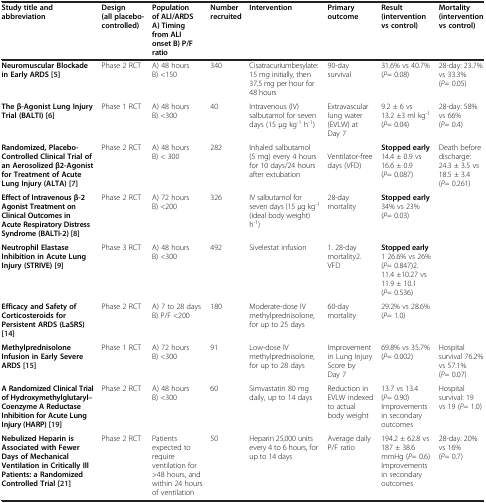
<table><thead><tr><td><b>Study title and abbreviation</b></td><td><b>Design (all placebo-controlled)</b></td><td><b>Population of ALI/ARDS A) Timing from ALI onset B) P/F ratio</b></td><td><b>Number recruited</b></td><td><b>Intervention</b></td><td><b>Primary outcome</b></td><td><b>Result (intervention vs control)</b></td><td><b>Mortality (intervention vs control)</b></td></tr></thead><tbody><tr><td><b>Neuromuscular Blockade in Early ARDS </b>[5]</td><td>Phase 2 RCT</td><td>A) 48 hours B) &lt;150</td><td>340</td><td>Cisatracuriumbesylate: 15 mg initially, then 37.5 mg per hour for 48 hours</td><td>90-day survival</td><td>31.6% vs 40.7% (<i>P</i>= 0.08)</td><td>28-day: 23.7% vs 33.3% (<i>P</i>= 0.05)</td></tr><tr><td><b>The β-Agonist Lung Injury Trial (BALTI) </b>[6]</td><td>Phase 1 RCT</td><td>A) 48 hours B) &lt;300</td><td>40</td><td>Intravenous (IV) salbutamol for seven days (15 μg kg<sup>-1</sup> h<sup>-1</sup>)</td><td>Extravascular lung water (EVLW) at Day 7</td><td>9.2 ± 6 vs 13.2 ±3 ml kg<sup>-1</sup> (<i>P</i>= 0.04)</td><td>28-day: 58% vs 66% (<i>P</i>= 0.4)</td></tr><tr><td><b>Randomized, Placebo-Controlled Clinical Trial of an Aerosolized β2-Agonist for Treatment of Acute Lung Injury (ALTA) </b>[7]</td><td>Phase 2 RCT</td><td>A) 48 hours B) &lt; 300</td><td>282</td><td>Inhaled salbutamol (5 mg) every 4 hours for 10 days/24 hours after extubation</td><td>Ventilator-free days (VFD)</td><td><b>Stopped early</b> 14.4 ± 0.9 vs 16.6 ± 0.9 (<i>P</i>= 0.087)</td><td>Death before discharge: 24.3 ± 3.5 vs 18.5 ± 3.4 (<i>P</i>= 0.261)</td></tr><tr><td><b>Effect of Intravenous β-2 Agonist Treatment on Clinical Outcomes in Acute Respiratory Distress Syndrome (BALTI-2) </b>[8]</td><td>Phase 2 RCT</td><td>A) 72 hours B) &lt;200</td><td>326</td><td>IV salbutamol for seven days (15 μg kg<sup>-1</sup> (ideal body weight) h<sup>-1</sup>)</td><td>28-day mortality</td><td><b>Stopped early</b> 34% vs 23% (<i>P</i>= 0.03)</td><td>[EMPTY_CELL]</td></tr><tr><td><b>Neutrophil Elastase Inhibition in Acute Lung Injury (STRIVE) </b>[9]</td><td>Phase 3 RCT</td><td>A) 48 hours B) &lt;300</td><td>492</td><td>Sivelestat infusion</td><td>1. 28-day mortality2. VFD</td><td><b>Stopped early</b> 1 26.6% vs 26% (<i>P</i>= 0.847)2. 11.4 ±10.27 vs 11.9 ± 10.1 (<i>P</i>= 0.536)</td><td>[EMPTY_CELL]</td></tr><tr><td><b>Efficacy and Safety of Corticosteroids for Persistent ARDS (LaSRS) </b>[14]</td><td>Phase 2 RCT</td><td>A) 7 to 28 days B) P/F &lt;200</td><td>180</td><td>Moderate-dose IV methylprednisolone, for up to 25 days</td><td>60-day mortality</td><td>29.2% vs 28.6% (<i>P</i>= 1.0)</td><td>[EMPTY_CELL]</td></tr><tr><td><b>Methylprednisolone Infusion in Early Severe ARDS </b>[15]</td><td>Phase 1 RCT</td><td>A) 72 hours B) &lt;300</td><td>91</td><td>Low-dose IV methylprednisolone, for up to 28 days</td><td>Improvement in Lung Injury Score by Day 7</td><td>69.8% vs 35.7% (<i>P</i>= 0.002)</td><td>Hospital survival 76.2% vs 57.1% (<i>P</i>= 0.07)</td></tr><tr><td><b>A Randomized Clinical Trial of Hydroxymethylglutaryl–Coenzyme A Reductase Inhibition for Acute Lung Injury (HARP) </b>[19]</td><td>Phase 2 RCT</td><td>A) 48 hours B) &lt;300</td><td>60</td><td>Simvastatin 80 mg daily, up to 14 days</td><td>Reduction in EVLW indexed to actual body weight</td><td>13.7 vs 13.4 (<i>P</i>= 0.90) Improvements in secondary outcomes</td><td>Hospital survival: 19 vs 19 (<i>P</i>= 1.0)</td></tr><tr><td><b>Nebulized Heparin is Associated with Fewer Days of Mechanical Ventilation in Critically Ill Patients: a Randomized Controlled Trial </b>[21]</td><td>Phase 2 RCT</td><td>Patients expected to require ventilation for &gt;48 hours, and within 24 hours of ventilation</td><td>50</td><td>Heparin 25,000 units every 4 to 6 hours, for up to 14 days</td><td>Average daily P/F ratio</td><td>194.2 ± 62.8 vs 187 ± 38.6 mmHg (<i>P</i>= 0.6) Improvements in secondary outcomes</td><td>28-day: 20% vs 16% (<i>P</i>= 0.7)</td></tr></tbody></table>